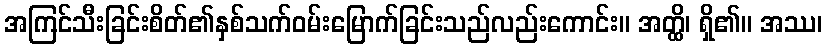
အကြင်သီးခြင်းစိတ်၏နှစ်သက်ဝမ်းမြောက်ခြင်းသည်လည်းကောင်း။ အတ္ထိ၊ ရှိ၏။ အဿ၊